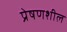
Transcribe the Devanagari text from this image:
प्रेषणशील